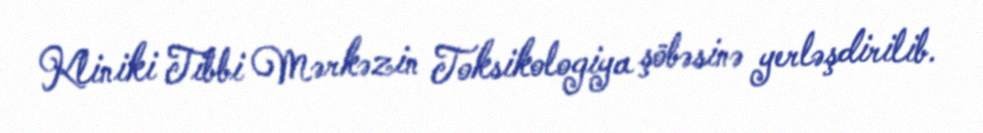
Kliniki Tibbi Mərkəzin Toksikologiya şöbəsinə yerləşdirilib.